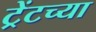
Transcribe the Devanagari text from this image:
ट्रेंटच्या